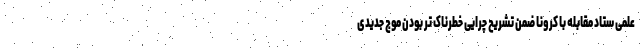
علمی ستاد مقابله با کرونا ضمن تشریح چرایی خطرناک تر بودن موج جدیدی